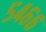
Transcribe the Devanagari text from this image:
५४६६